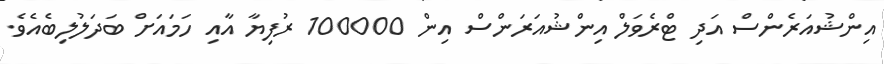
އިންޝުއަރެންސް އަދި ޓްރެވަލް އިންޝުއަރަންސް އިން 100000 ރުފިޔާ އާއި ހަމައަށް ބަދަލުލިބެއެވެ.